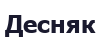
Десняк